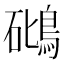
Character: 𥖧